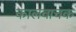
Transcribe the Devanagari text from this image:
कालवाचक